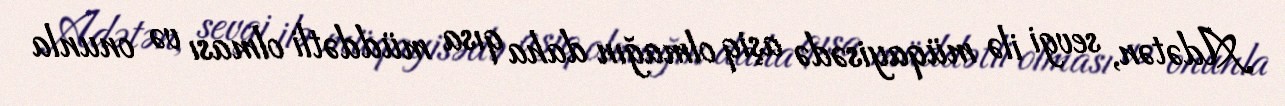
Adətən, sevgi ilə müqayisədə aşiq olmağın daha qısa müddətli olması və onunla